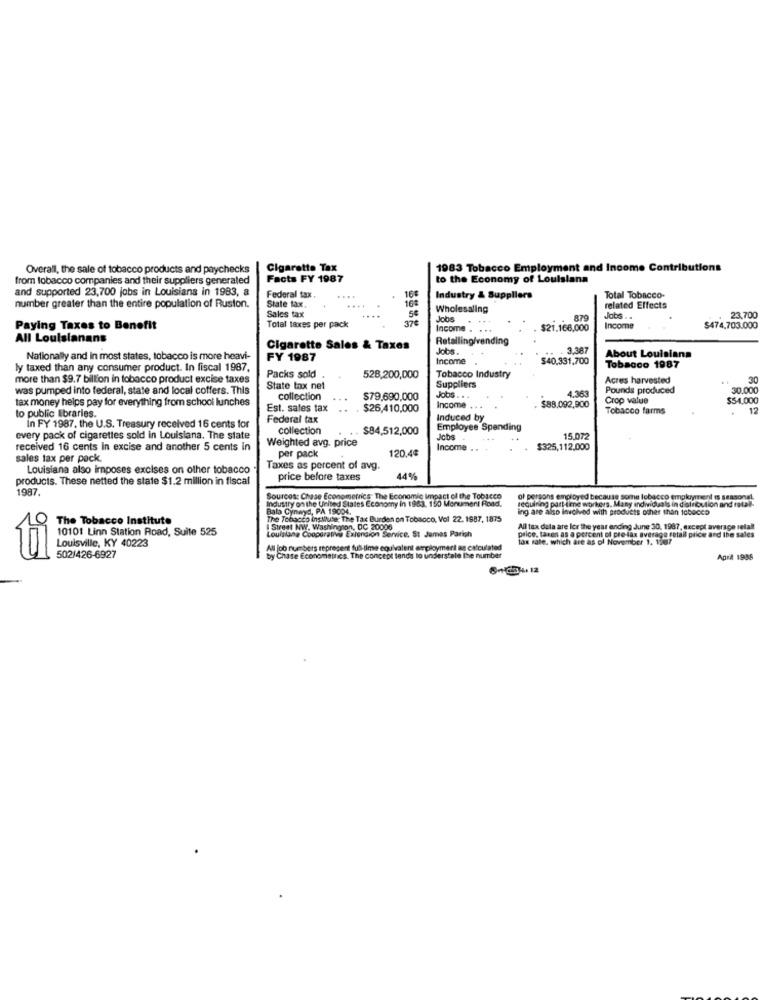
Overall, the sale of tobacco products and paychecks
Cigarette Tax
1983 Tobacco Employment and Ino
Contrib
from tobacco companies and their suppliers generaled
Facts FY 1987
to the Economy of Louisiana
and supported 23,700 jobs in Louisiana in 1983, &
Federal tax.
State tax
....
.....
16
Industry & Suppliers
Total Tobacco-
number greater than the entire population of Ruston.
Sales tax
Wholesaling
related Effects
....
Jobs
879
Jobs . .
23,700
Paying Taxes to Benefit
Total taxes per pack
Income . . ..
$21.166,000
Income
$474,703.000
All Louisianans
Retelling/vending
Cigarette Sales & Taxes
Jobs.
. 3,387
About Louisiana
Nationally and in most states, tobacco is more heavi-
FY 1987
Income
$40.331,700
ly taxed than any consumer product. In fiscal 1987.
Tobacco 1987
more than $9.7 billion in tobacco product excise taxes
Packs sold
528,200,000
Tobacco Industry
Acres harvested
30
was pumped into federal, state and local coffers. This
State tax net
Suppliers
4.363
Pounds produced
30.000
collection
$79.690,000
Jobs .. .
Crop value
$54,000
tax money helps pay for everything from school lunches
Est. sales tax
$26,410,000
Income .
$88,092,900
Tobacco farms
12
to public Ebraries.
Federal tax
Induced by
In FY 1987. the U.S. Treasury received 16 cents for
collection
$84,512,000
Employee Spending
every pack of cigarettes sold in Louisiana. The state
Weighted avg. price
Jobs
15.072
received 16 cents In excise and another 5 cents in
120.4¢
Income .
$325,112,000
sales tax per pack.
per pack
Louisiana also imposes excises on other tobacco
Taxes as percent of avg.
products. These netted the state $1.2 million in fiscal
price before taxes
44%
1987.
Sources: Chase Econometrics The Economic Impact of the Tobacco
Industry on the United States Economy in 1983. 150 Monument Road.
ol persons employed because some lobacco employment is seasonal.
requiring part-time workers. Many individuals in distribution and total-
Bala Cynwyd, PA 19004.
ing are also involved with products other than tobacco
The Tobacco Institute
The Tobacco insMute: The Tax Burden on Tobacco, Vol 22. 1987, 1875
10101 Linn Station Road, Suite 525
Louisiana Cooperativa Extension Service, St James Parish
Street NW. Washington, DC 20006
price, taxes as a percent of pre-lax average retail price and the sales
Al tax dela are lor the year ending June 30, 1987, except average relall
Tax rate, which are as of November 1. 1567
Louisville, KY 40223
All job numbers represent full-time equivalent employmert as calculated
ti
502/426-6927
by Chase Econometnes. The concept tends to understale the number
Apra 1985